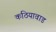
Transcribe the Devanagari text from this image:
कठियावाड